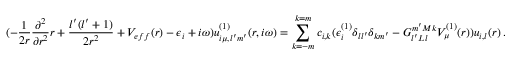
( - \frac { 1 } { 2 r } \frac { \partial ^ { 2 } } { \partial r ^ { 2 } } r + \frac { l ^ { \prime } ( l ^ { \prime } + 1 ) } { 2 r ^ { 2 } } + V _ { e f f } ( r ) - \epsilon _ { i } + i \omega ) u _ { i \mu , l ^ { \prime } m ^ { \prime } } ^ { ( 1 ) } ( r , i \omega ) = \sum _ { k = - m } ^ { k = m } c _ { i , k } ( \epsilon _ { i } ^ { ( 1 ) } \delta _ { l l ^ { \prime } } \delta _ { k m ^ { \prime } } - G _ { l ^ { \prime } L l } ^ { m ^ { \prime } M k } V _ { \mu } ^ { ( 1 ) } ( r ) ) u _ { i , l } ( r ) \, .